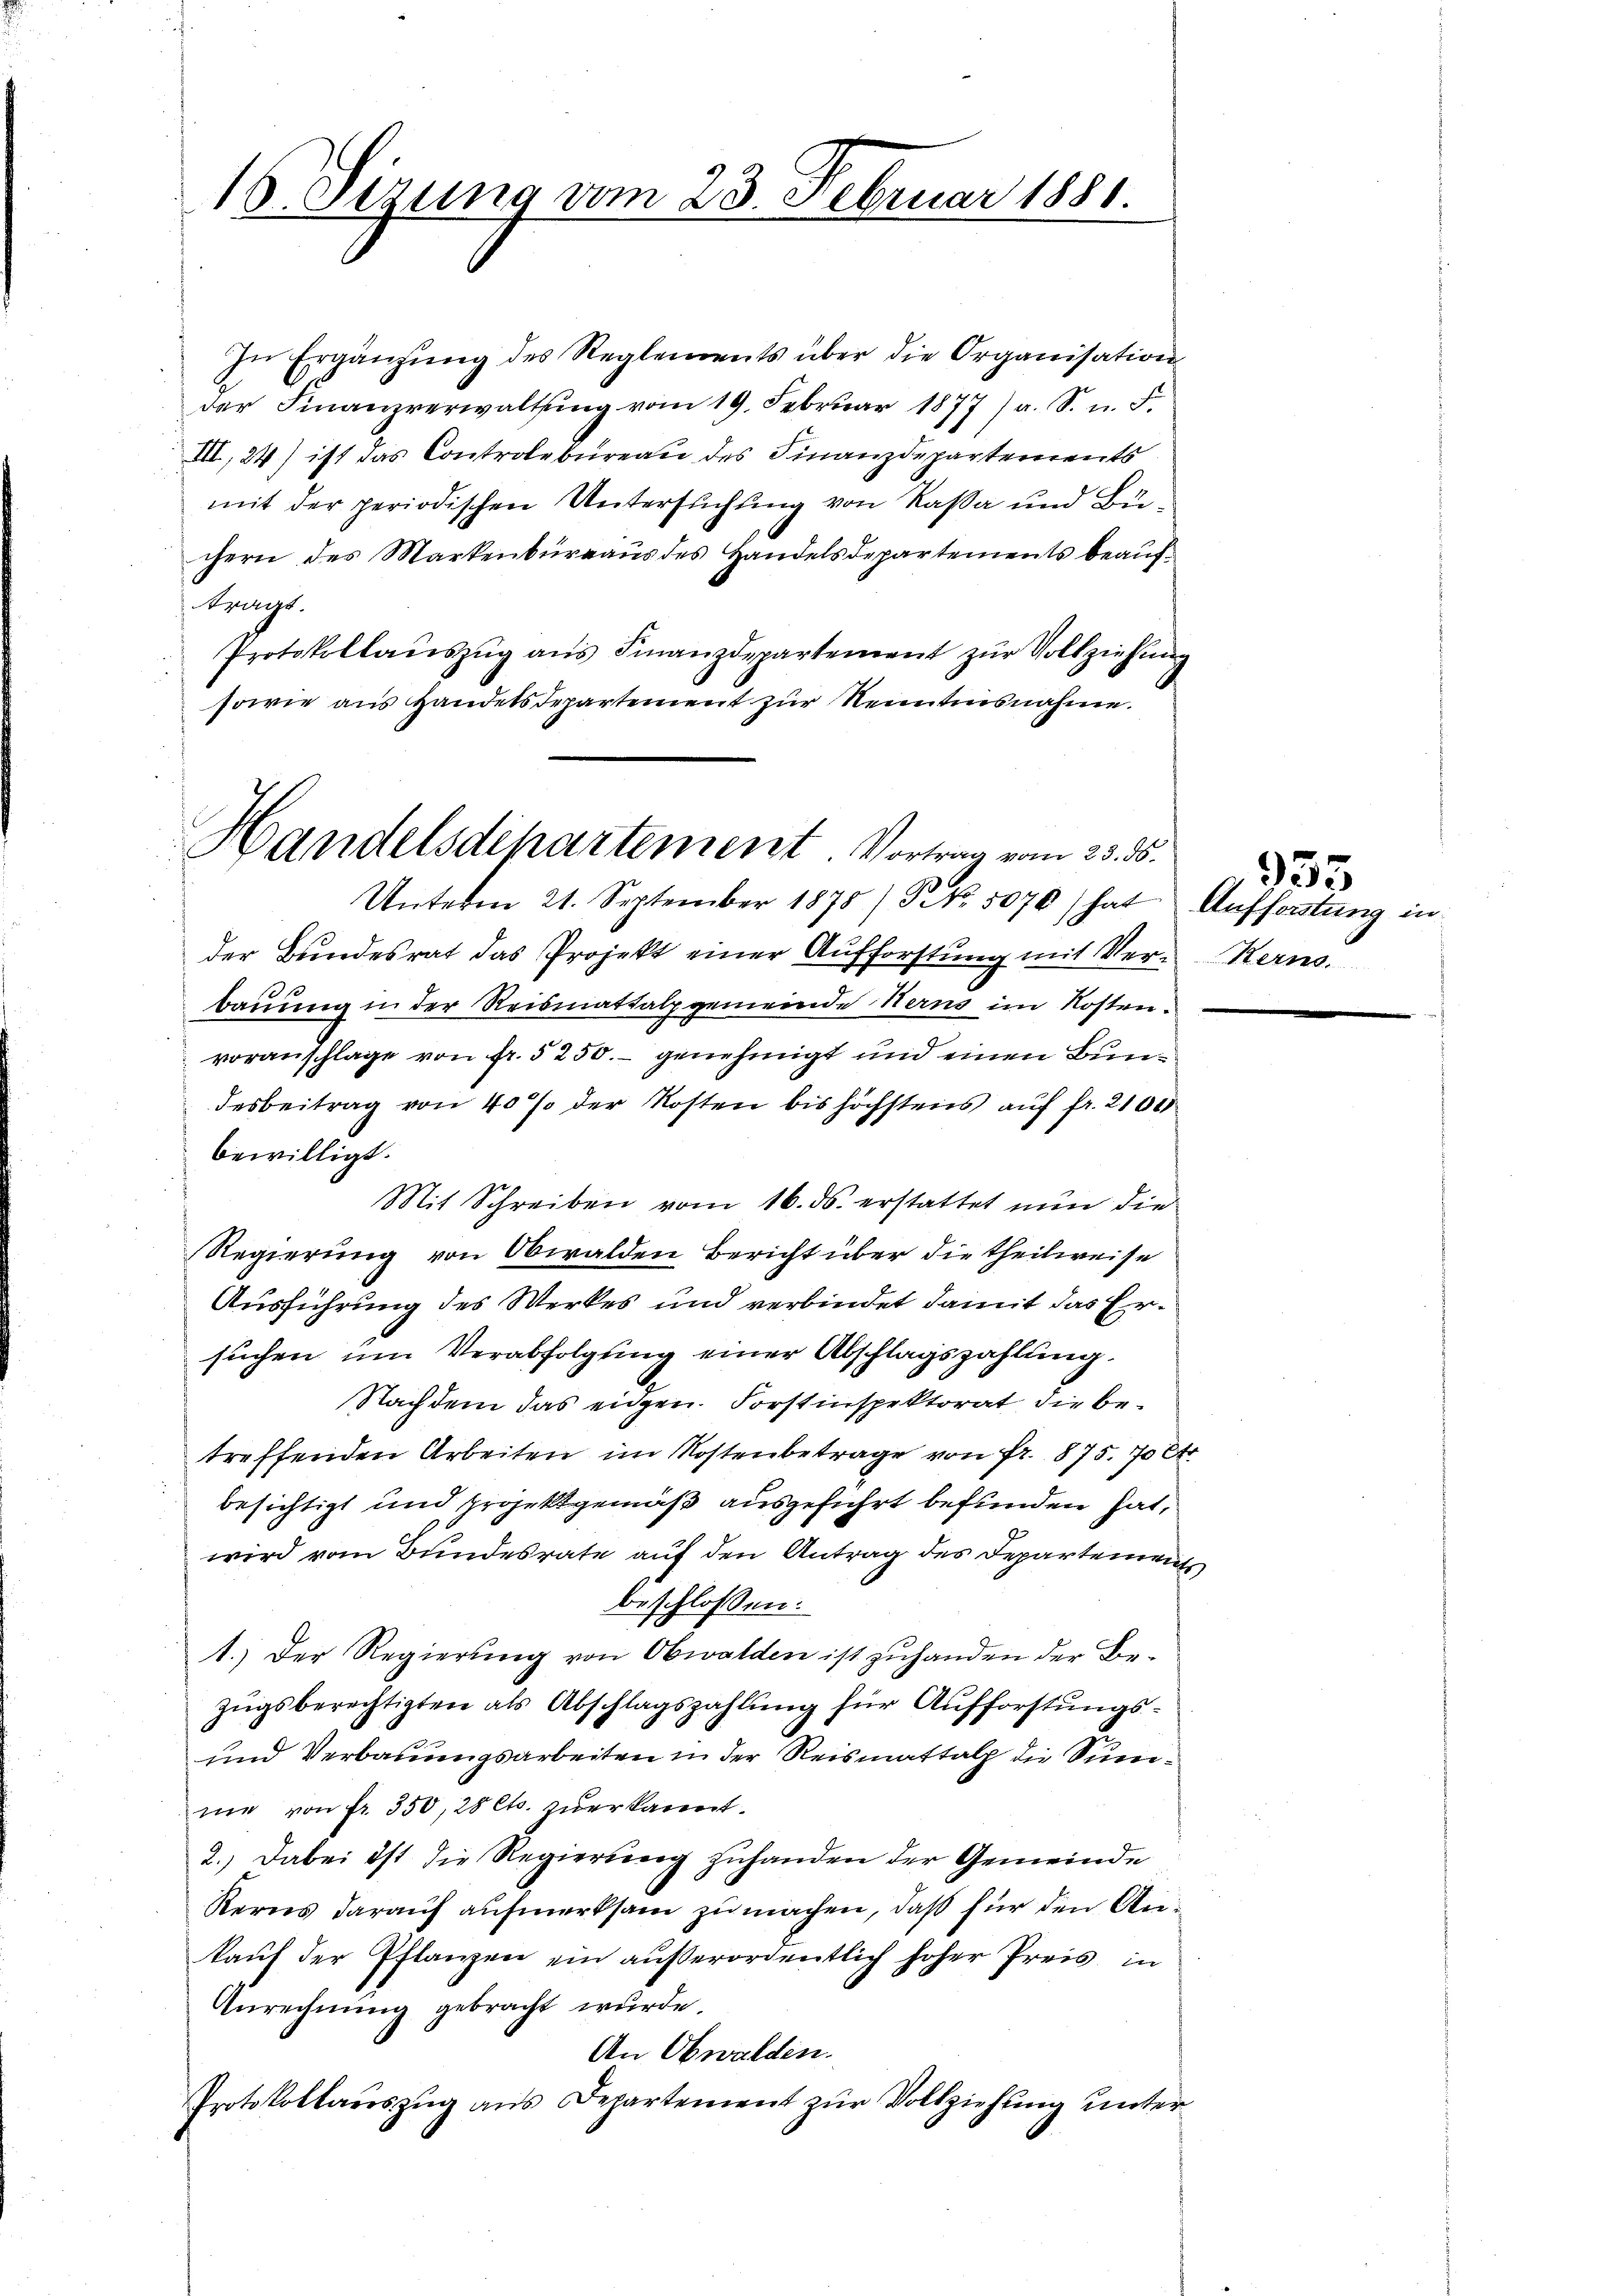
10. Stzung vom 28. Februar 1881.

In Ergänzŭng des Reglements über die Organisation
der Finanzverwaltŭng vom 19. Febrŭar 1877) a. S. n. F.
III, 24) ist das Controlbureau des Finanzdepartements
mit der periodischen Untersuchung von Kaßa und Bürchern des Markenbüreaŭs des Handelsdepartements beaŭf-
tungs
Protokollaŭszŭg aŭs Finanzdepartement zŭr Vollziehŭng
sowie aus Handelsdepartement zur Nenntnisnahme.
Handelsdepartement. Vortrag vom 23. ds.

Unterm 21. September 1878/ NNo. 5070) hat Aufforstung in

der Bundesrat das Projekt einer Aufforstung mit Ver-Kerns.
bauung in der Reismattalpgemeinde Herns im Kostenvoranschlage von fr. 5250.- genehmigt und einen Bundesbeitrag von 40% der Kosten bis höchstens auf fr. 2100
bewilligt.
Mit Schreiben vom 16. ds. erstattet nun die
Regierung von Obwalden Bericht über die theilweise
Ausführung des Werkes und verbindet damit das Ersuchen um Verabfolgung einer Abschlagszahlung.
Nachdem das eigen Forstinspektorat die betreffenden Arbeiten im Kostenbetrage von fr. 875. 70 Ct
besichtigt und projektgemäß ausgeführt befunden hat,
wird vom Bundesrate auf den Antrag des Departements
beschlossen:
1.) Der Regierung von Obwalden ist zuhanden der Bezugsberechtigten als Abschlagszahlung für Aufforstungs¬
und Verbauungsarbeiten in der Reismattalp die Sumne von fr. 350, 20 Cts. zuerkannt.
2.) Dabei ist die Regierung zuhanden der Gemeinde
Kerns darauf aufmerksam zu machen, daß für den Ankaŭf der Pflanzen ein außerordentlich hoher Preis in
Anrechnung gebracht wurde.
An Obwalden.
Protokollauszug aus Departement zur Vollziehung unter

933